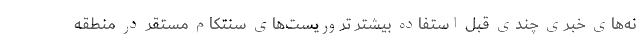
نه‌های خبری چندی قبل استفاده بیشتر تروریست‌های سنتکام مستقر در منطقه